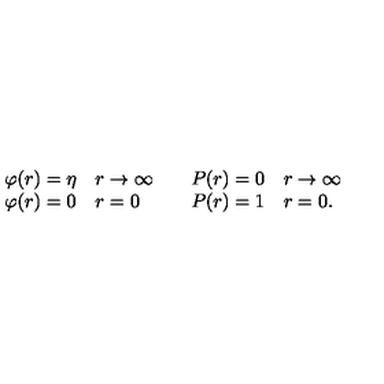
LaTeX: \begin{array} { l l } { \begin{array} { l l } { \varphi ( r ) = \eta } & { r \rightarrow \infty } \\ { \varphi ( r ) = 0 } & { r = 0 } \\ \end{array} } & { \begin{array} { l l } { P ( r ) = 0 } & { r \rightarrow \infty } \\ { P ( r ) = 1 } & { r = 0 . } \\ \end{array} } \\ \end{array}